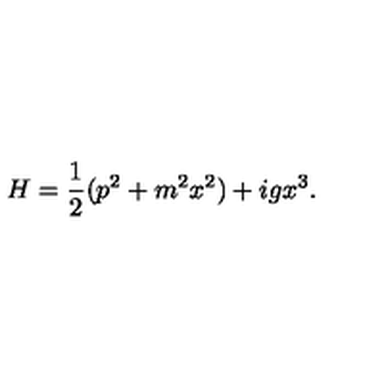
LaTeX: H = { \frac { 1 } { 2 } } ( p ^ { 2 } + m ^ { 2 } x ^ { 2 } ) + i g x ^ { 3 } .